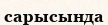
сарысында